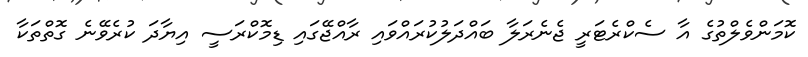
ކޮމަންވެލްތުގެ އާ ސެކްރެޓަރީ ޖެނެރަލާ ބައްދަލުކުރައްވައި ރާއްޖޭގައި ޑިމޮކްރަސީ އިޔާދަ ކުރެވޭނެ ގޮތްތަކާ